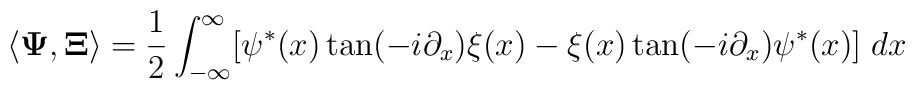
\langle {\bf \Psi},{\bf \Xi} \rangle=\frac 12 \int_{-\infty}^\infty  [\psi^*(x) \tan(- i \partial_x)  \xi(x) - \xi (x)\tan(-i \partial_x) \psi^*(x)]\; dx